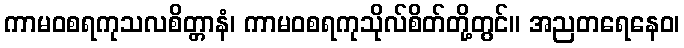
ကာမဝစရကုသလစိတ္တာနံ၊ ကာမဝစရကုသိုလ်စိတ်တို့တွင်။ အညတရေနေဝ၊